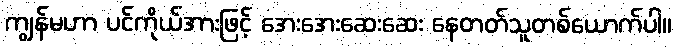
ကျွန်မဟာ ပင်ကိုယ်အားဖြင့် အေးအေးဆေးဆေး နေတတ်သူတစ်ယောက်ပါ။